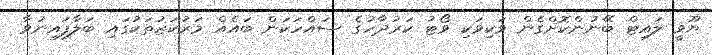
ޔޫވީ ލައިޓް ބޭނުންކޮށްގެން ވަކިވަކި ވޯޓު ކަރުދާހުގެ ސައްހަކަން ބައެއް މަރުކަޒުތަކުގައި ބަލާފައިނުވާ